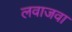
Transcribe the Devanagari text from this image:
लवाजवा